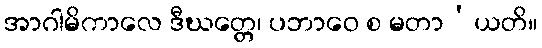
အာဂါမိကာလေ ဒီဃတ္တေ၊ ပဘာဝေ စ မတာ’ယတိ။